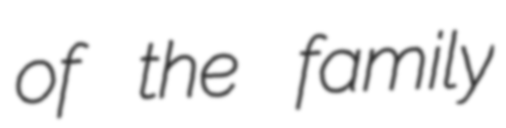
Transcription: of the family